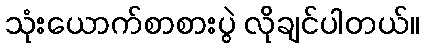
သုံးယောက်စာစားပွဲ လိုချင်ပါတယ်။